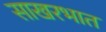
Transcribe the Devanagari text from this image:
साखरभात